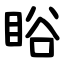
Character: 䀰